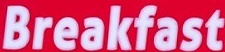
Breakfast